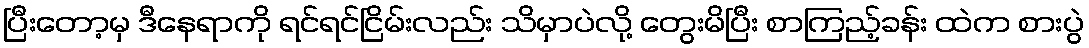
ပြီးတော့မှ ဒီနေရာကို ရင်ရင်ငြိမ်းလည်း သိမှာပဲလို့ တွေးမိပြီး စာကြည့်ခန်း ထဲက စားပွဲ